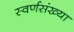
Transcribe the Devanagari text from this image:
स्वर्णसंख्या